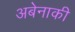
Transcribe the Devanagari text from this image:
अबेनाकी